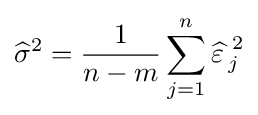
{\widehat {\sigma }}^{2}={1 \over n-m}\sum _{j=1}^{n}{\widehat {\varepsilon \,}}_{j}^{\,2}